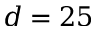
d = 2 5